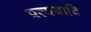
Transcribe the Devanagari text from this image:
प्रत्ययादि